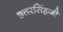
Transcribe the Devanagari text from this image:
छत्तरसिंहजी